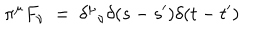
\pi ^ { \mu } F _ { \nu } ~ = ~ { \delta ^ { \mu } } _ { \nu } \delta ( s - s ^ { \prime } ) \delta ( t - t ^ { \prime } )